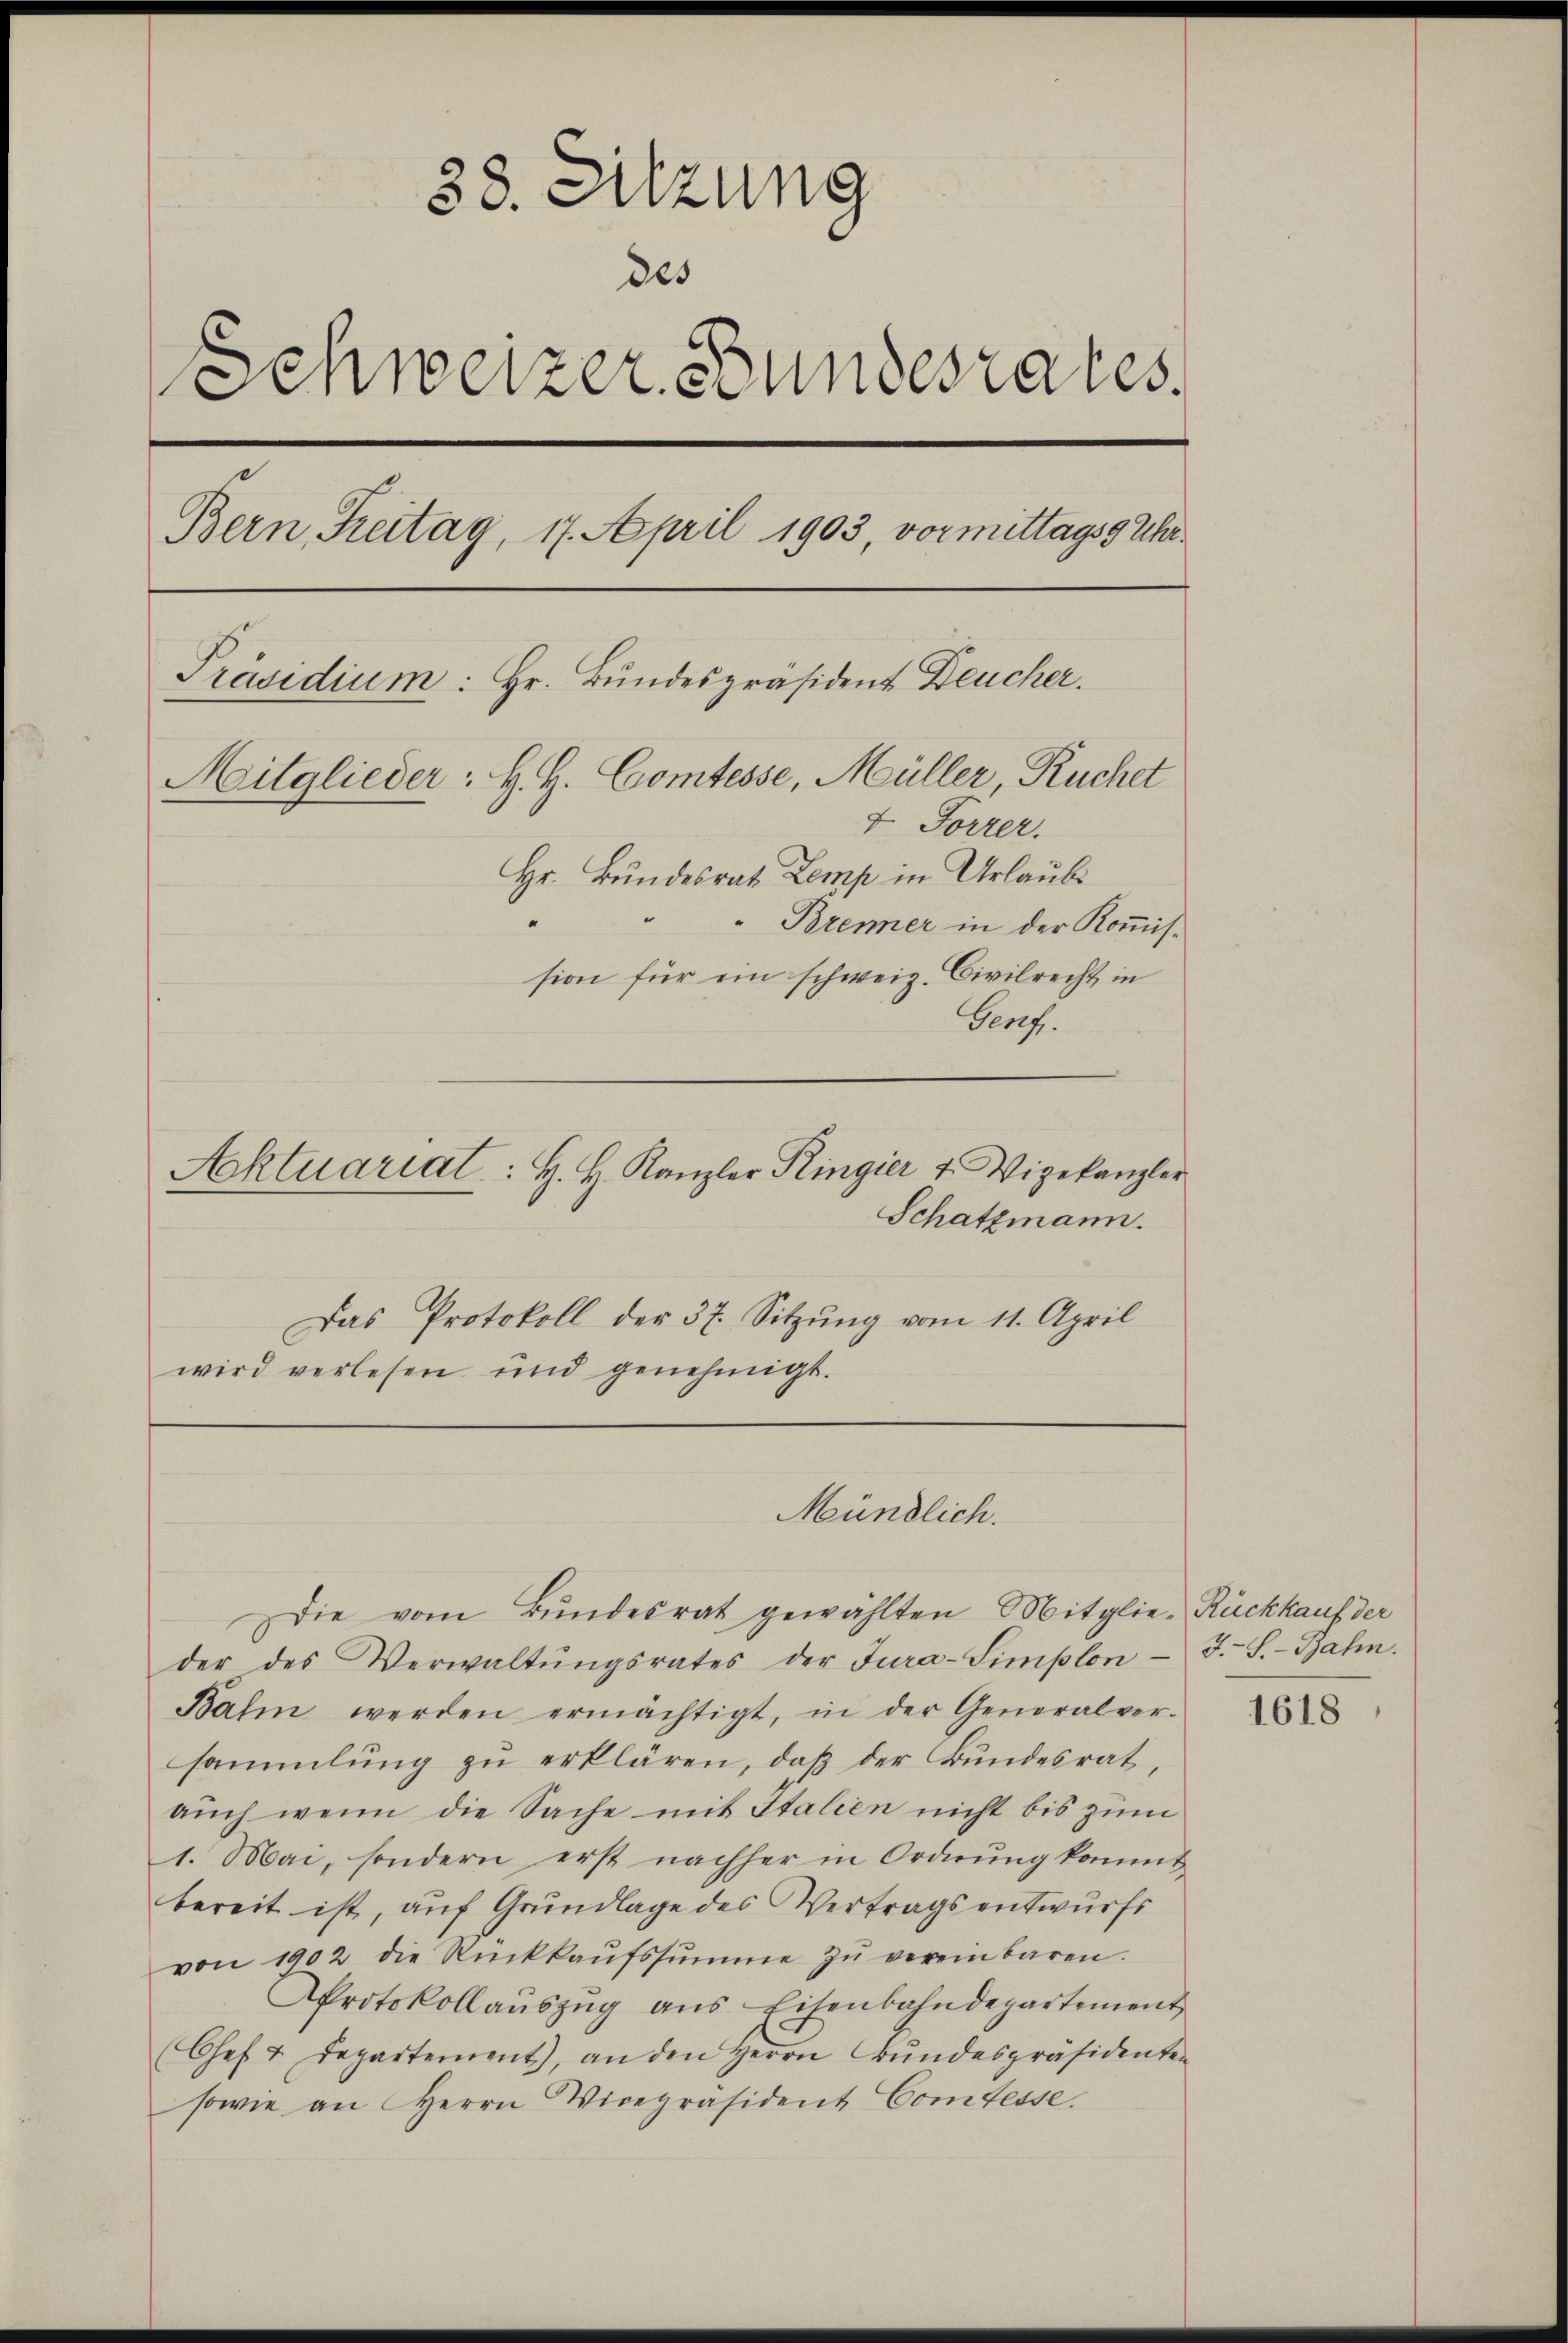
e
38. Sitzung
des
Schweizer Bundesrates.
Bern Freitag, 17. April 1903, vormittags 9 Uhr¬
Präsidium: Hr. Bundespräsident Deucher.
Mitglieder: H. H. Comtesse, Müller, Ruchet
I. Forrer.
Hr. Bundesrat Lemp in Urlaubi
" " " Brenner in der Koṁis-
sion für ein schweiz. Civilrecht, in
Prof.
Aktuariat: H. H. Kanzler Ringier v. Vizekanzler

Das Protokoll der 37. Sitzung vom 11. April
wird verlesen und genehmigt.

Schatzmann.

Mündlich.
Die vom Bundesrat gewählten Mitglie-Rückkauf der

der des Verwaltŭngsrates der Jura-Simplon J.-S.-Bahn.
Bahn werden ermächtigt, in der Generalver-
sammlung zŭ erklären, daß der Bundesrat,
aŭch wenn die Sache mit Italien nicht bis zum
1. Mai, sondern erst nachher in Ordnŭng kommt
bereit ist, auf Grundlage des Vertragsentwurfs
von 1902 die Rückkaŭfssŭmme zŭ vereinbaren.
AProtokollaŭszŭg ans Eisenbahndepartement
Chef 2 Departement, an den Herrn Bŭndespräsidenten
sowie an Herrn Vicepräsident Comtesse.